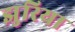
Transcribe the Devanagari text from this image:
झुरिया